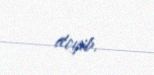
deyib.